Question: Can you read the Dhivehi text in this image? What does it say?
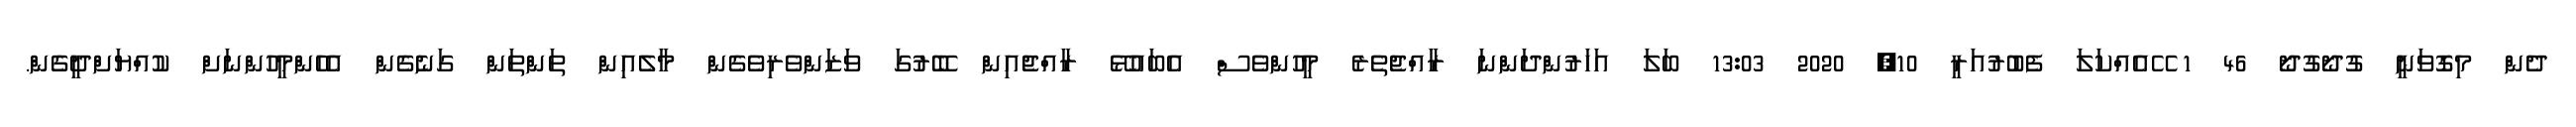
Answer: ދެން މިގޮވަނީ ގުދޯގުދޯ 46 1 ޭއެއްކަލަ ފެބުރުއަރީ 10, 2020 13:03 ބަލަ އަހަރުންދަންނަ ރާއްޖެތެރެ މީހުންވެސް އެބައުޅޭ ރާއްޖެއިން ބޭރުގަ ވަޒަންވެރިވެގެން މާލެއިން ތަންތަން ގަނެގެން އެހެންމީހުންނަށް ކުއްޔަށްދީގެން.